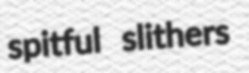
spitful slithers